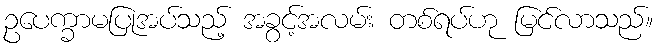
ဥပေက္ခာမပြုအပ်သည့် အခွင့်အလမ်း တစ်ရပ်ဟု မြင်လာသည်။